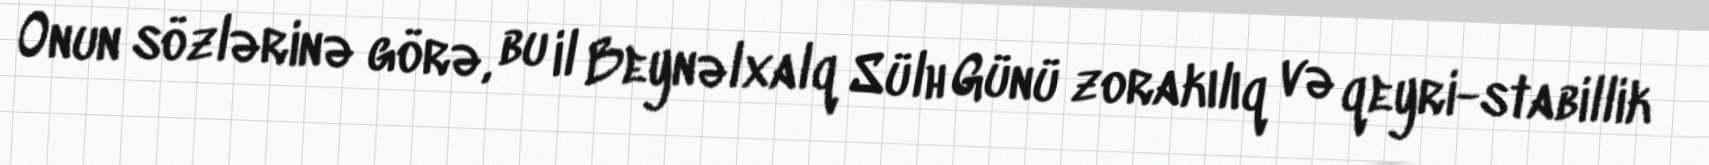
Onun sözlərinə görə, bu il Beynəlxalq Sülh Günü zorakılıq və qeyri-stabillik